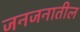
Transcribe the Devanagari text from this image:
जनजनातील